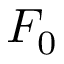
F _ { 0 }